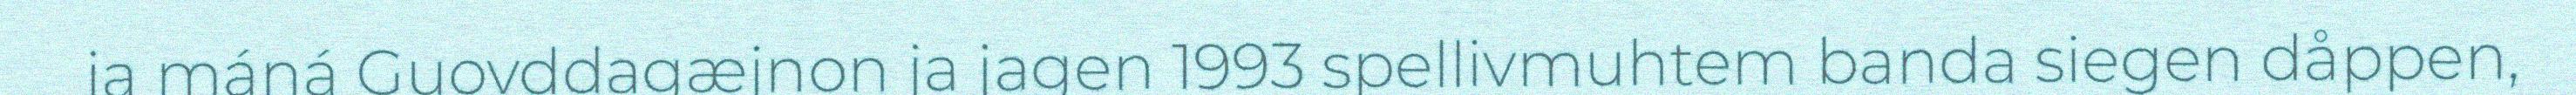
ja máná Guovddagæjnon ja jagen 1993 spellivmuhtem banda siegen dåppen,